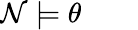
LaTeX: {\mathcal{N}}\models\theta\qquad